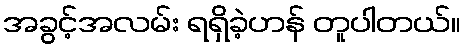
အခွင့်အလမ်း ရရှိခဲ့ဟန် တူပါတယ်။